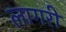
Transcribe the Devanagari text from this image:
लागरी